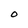
Character: O